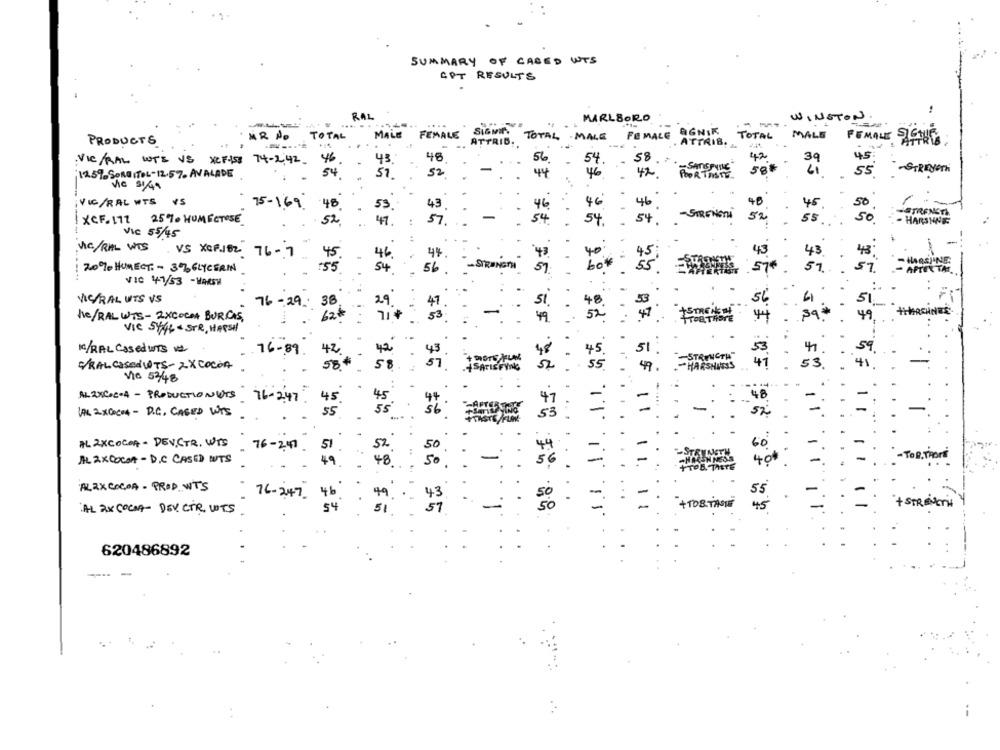
SUMMARY OF CASED WTS
APT RESULTS
RAL
MARLBORO
WINSTON
...
.....
--
MR PO
TOTAL
MALE
FEMALE
TOTAL
MALE
FEMALE BIGNIK
OGNIK
MALE
PRODUCTS
ATTRIB.
TOTAL
FEMALE SIGHT
46
48
54.
VIC/RAL WTS VS XCF-158 74-2.42.
43
56.
42.
1259-SoRG ITEL-12.5 7. AVALADE
54
57
52
46
-STRENGTH
44
VIC/RAL WTS YS
75- 169
LS
48 .
53.
43
46 .
46
50
-
45
so
1 XCF. 171 25%- HOMECTOSE
52.
47 .
54
54
- HARSHINE
VIC 55/45
-
*25
1
Na/RAL WTS VS XCF.J82 76 -7
46.
43 .
43 .
45 .
44.
45
43.
20 % HUMECT - 3%, GLYCERIN
54
56
bo *
57
59
51.
VIC 41/53 -HARSH
:
:
GRAL UTS VS
76-29: 38
56
4
51
29
47
-
he/RAL WTS - 2XCOCOA BURGAS,
62
FORTHORE
49
VIC Syft- STR, HARSH
.
10/RAL Casedurs v2
76-89. 42.
42
53
41
59
S/RAL CASOdiTS- 2 X COCOA
58
hors pour
- HARSHNESS
53 .
41
Via 5348
ALEXCOCO4 - PRODUCTIONUTS 76-2.47
45
48
55
55
11
AL 2XCOCOA - D.C. CASED WIS.
97. 55 11
AL2XCOCOA - DEV,CTR, WTS 76-2.41
51
60
AL 2XCOCOA - D.C CASED NUTS
-TO B.TROR
48 .
50
1
40
ALIX COCOA - PROD WTS
76-247
55.
AL RX COCOA- DEV CTR WTS .
35 #8 23 75 1 99 75
is
+ TOB TAGE
45
620486892
--